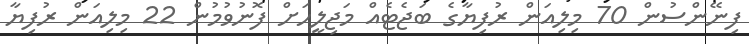
ފިނޭންސުން 70 މިލިއަން ރުފިޔާގެ ބަޖެޓެއް މަޖިލީހަށް ފޮނުވުމުން 22 މިލިއަން ރުފިޔާ